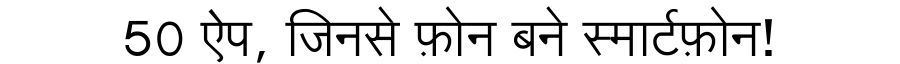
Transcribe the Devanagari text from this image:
50 ऐप, जिनसे फ़ोन बने स्मार्टफ़ोन!